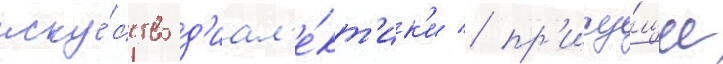
иску́сство д'иал'е́кт'ик'и / пр'ису́щее